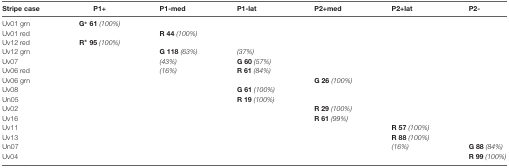
<table><thead><tr><td><b>Stripe case</b></td><td><b>P1+</b></td><td><b>P1-med</b></td><td><b>P1-lat</b></td><td><b>P2+med</b></td><td><b>P2+lat</b></td><td><b>P2-</b></td></tr></thead><tbody><tr><td>Uv01 grn</td><td><b>G* 61</b><i>(100%)</i></td><td></td><td></td><td></td><td></td><td></td></tr><tr><td>Uv01 red</td><td></td><td><b>R 44</b><i>(100%)</i></td><td></td><td></td><td></td><td></td></tr><tr><td>Uv12 red</td><td><b>R* 95</b><i>(100%)</i></td><td></td><td></td><td></td><td></td><td></td></tr><tr><td>Uv12 grn</td><td></td><td><b>G 118</b><i>(63%)</i></td><td><i>(37%)</i></td><td></td><td></td><td></td></tr><tr><td>Uv07</td><td></td><td><i>(43%)</i></td><td><b>G 60</b><i>(57%)</i></td><td></td><td></td><td></td></tr><tr><td>Uv06 red</td><td></td><td><i>(16%)</i></td><td><b>R 61</b><i>(84%)</i></td><td></td><td></td><td></td></tr><tr><td>Uv06 grn</td><td></td><td></td><td></td><td><b>G 26</b><i>(100%)</i></td><td></td><td></td></tr><tr><td>Uv08</td><td></td><td></td><td><b>G 61</b><i>(100%)</i></td><td></td><td></td><td></td></tr><tr><td>Un05</td><td></td><td></td><td><b>R 19</b><i>(100%)</i></td><td></td><td></td><td></td></tr><tr><td>Uv02</td><td></td><td></td><td></td><td><b>R 29</b><i>(100%)</i></td><td></td><td></td></tr><tr><td>Uv16</td><td></td><td></td><td></td><td><b>R 61</b><i>(99%)</i></td><td></td><td></td></tr><tr><td>Uv11</td><td></td><td></td><td></td><td></td><td><b>R 57</b><i>(100%)</i></td><td></td></tr><tr><td>Uv13</td><td></td><td></td><td></td><td></td><td><b>R 88</b><i>(100%)</i></td><td></td></tr><tr><td>Un07</td><td></td><td></td><td></td><td></td><td><i>(16%)</i></td><td><b>G 88</b><i>(84%)</i></td></tr><tr><td>Uv04</td><td></td><td></td><td></td><td></td><td></td><td><b>R 99</b><i>(100%)</i></td></tr></tbody></table>